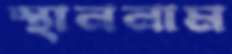
স্থাননাম